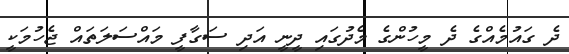
ދެ ގައުމެއްގެ ދެ މީހުންގެ މެދުގައި ދީނީ އަދި ސަގާފީ މައްސަލަތައް ޖެހުމަކީ